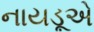
નાયડૂએ